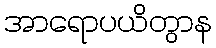
အာရောပယိတွာန